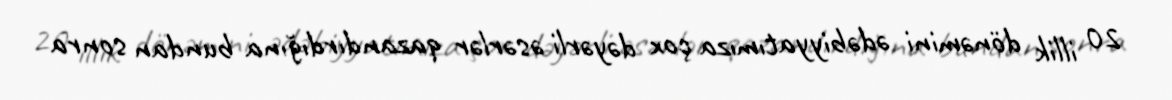
20 illik dönəmini ədəbiyyatımıza çox dəyərli əsərlər qazandırdığına bundan sonra